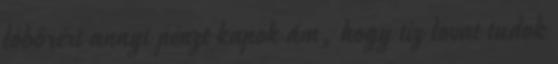
lóbőrért annyi pénzt kapok ám, hogy tíz lovat tudok